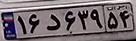
۱۶د۶۳۹۵۴